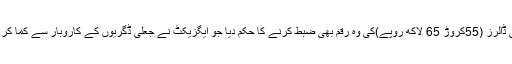
خاتون جج رونی ابرامز نے 5.3 ملین امریکی ڈالرز (55کروڑ 65 لاکھ روپے)کی وہ رقم بھی ضبط کرنے کا حکم دیا جو ایگزیکٹ نے جعلی ڈگریوں کے کاروبار سے کما کر امریکی بینک اکائونٹس میں رکھی ہوئی تھی۔